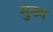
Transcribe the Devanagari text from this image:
मुख्‍ा